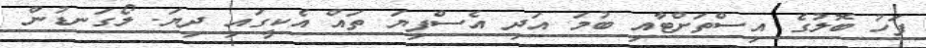
ފަހު ބޮލުގެ އިސްތަށްޓާއި ބުމަ އަދި އެސްފިޔަ ތައް އެކީގައި ދިޔަ. ލޯގަނޑުން